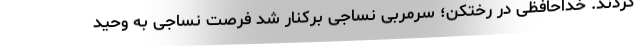
کردند. خداحافظی در رختکن؛ سرمربی نساجی برکنار شد فرصت نساجی به وحید